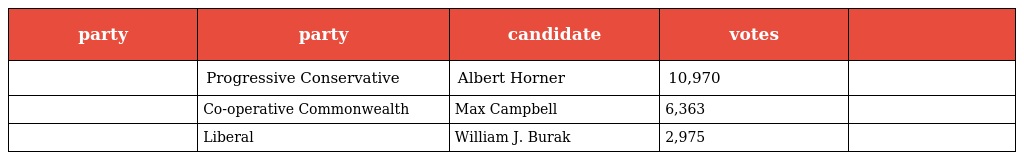
| party | party | candidate | votes |  |
 | --- | --- | --- | --- | --- |
 |  | Progressive Conservative | Albert Horner | 10,970 |  |
 |  | Co-operative Commonwealth | Max Campbell | 6,363 |  |
 |  | Liberal | William J. Burak | 2,975 |  |